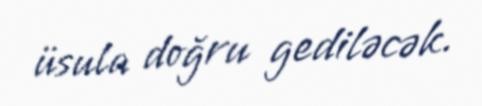
üsula doğru gediləcək.